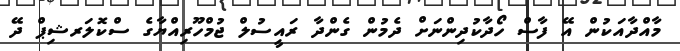
މާއްދާއަކުން އޭ ފާސް ހޯދާކުދިންނަށް ދެމުން ގެންދާ ރައީސުލް ޖުމްހޫރިއްޔާގެ ސްކޮލަރޝިޕް ދޭ